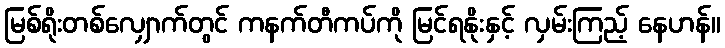
မြစ်ရိုးတစ်လျှောက်တွင် ကနက်တီကပ်ကို မြင်ရနိုးနှင့် လှမ်းကြည့် နေဟန်။